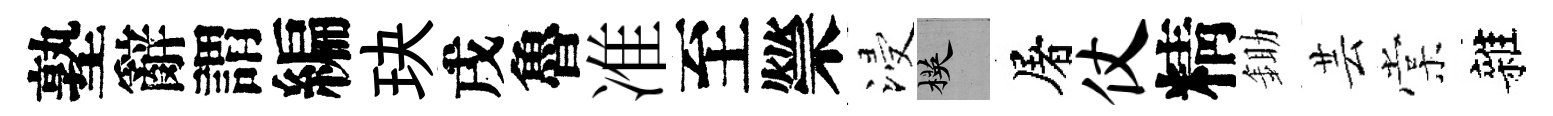
塾辭謂編玦戌魯准至禜浸楧屠仗精鋤芸棠雜